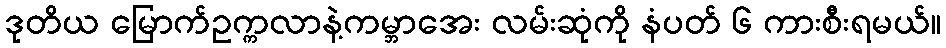
ဒုတိယ မြောက်ဥက္ကလာနဲ့ကမ္ဘာအေး လမ်းဆုံကို နံပတ် ၆ ကားစီးရမယ်။